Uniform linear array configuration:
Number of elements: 64
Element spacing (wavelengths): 0.75
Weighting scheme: hamming
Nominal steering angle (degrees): -15
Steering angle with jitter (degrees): -16.39
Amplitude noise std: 0.05
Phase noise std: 0.05

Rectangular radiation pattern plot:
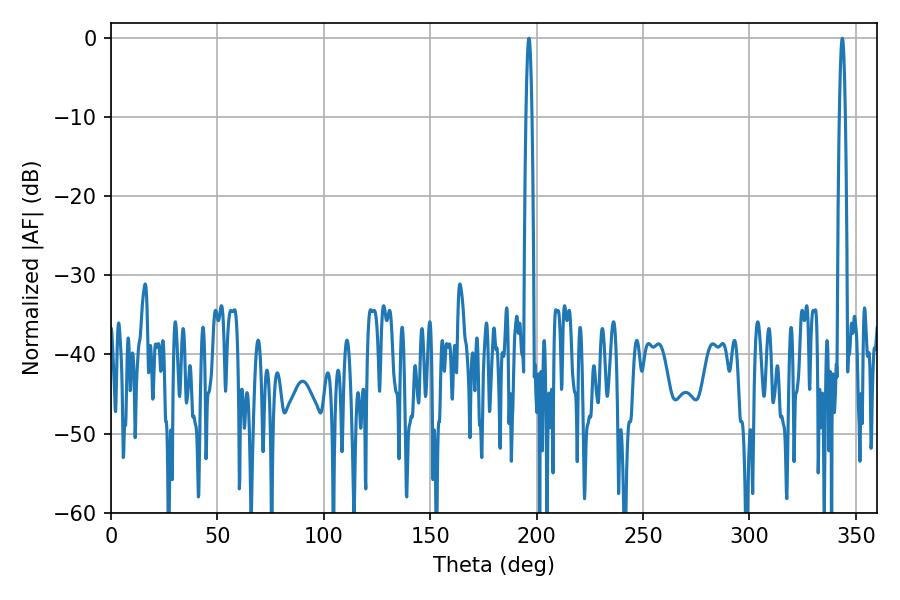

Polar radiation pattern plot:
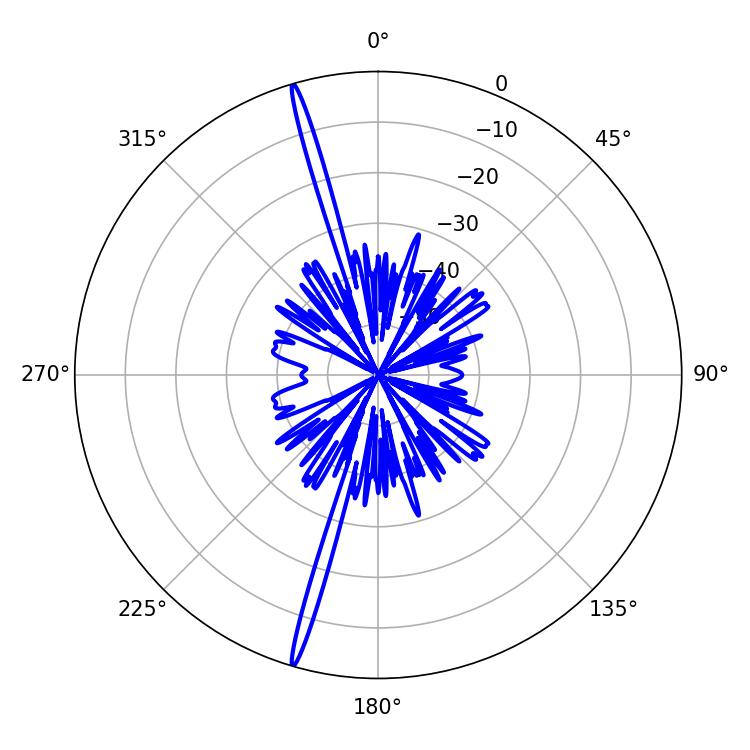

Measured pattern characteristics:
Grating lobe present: TRUE
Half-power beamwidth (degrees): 1.44
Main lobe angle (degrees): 343.62